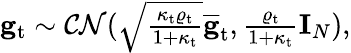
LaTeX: \begin{array}{r}{\mathbf{g}_{\mathrm{t}}\sim\mathcal{CN}(\sqrt{\frac{\kappa_{\mathrm{t}}\varrho_{\mathrm{t}}}{1+\kappa_{\mathrm{t}}}}\overline{{\mathbf{g}}}_{\mathrm{t}},\frac{\varrho_{\mathrm{t}}}{1+\kappa_{\mathrm{t}}}\mathbf{I}_{N}),}\end{array}